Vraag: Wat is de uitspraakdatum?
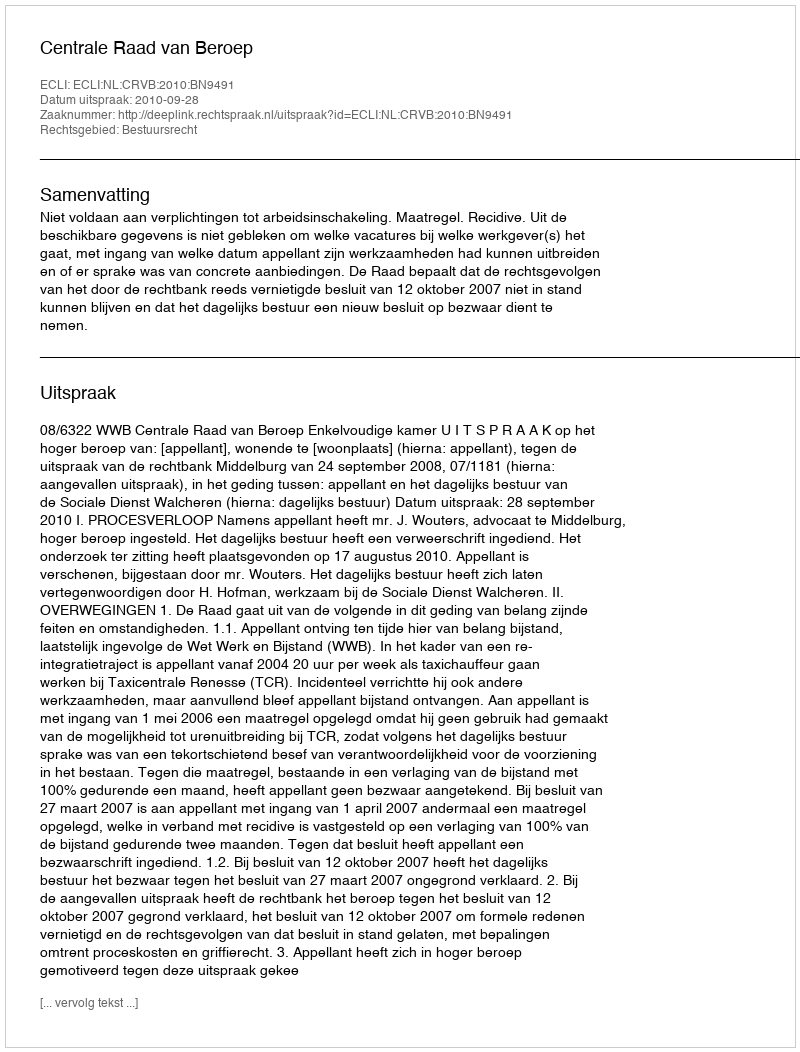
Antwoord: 2010-09-28